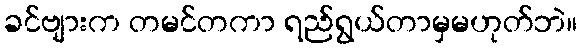
ခင်ဗျားက တမင်တကာ ရည်ရွယ်တာမှမဟုတ်ဘဲ။